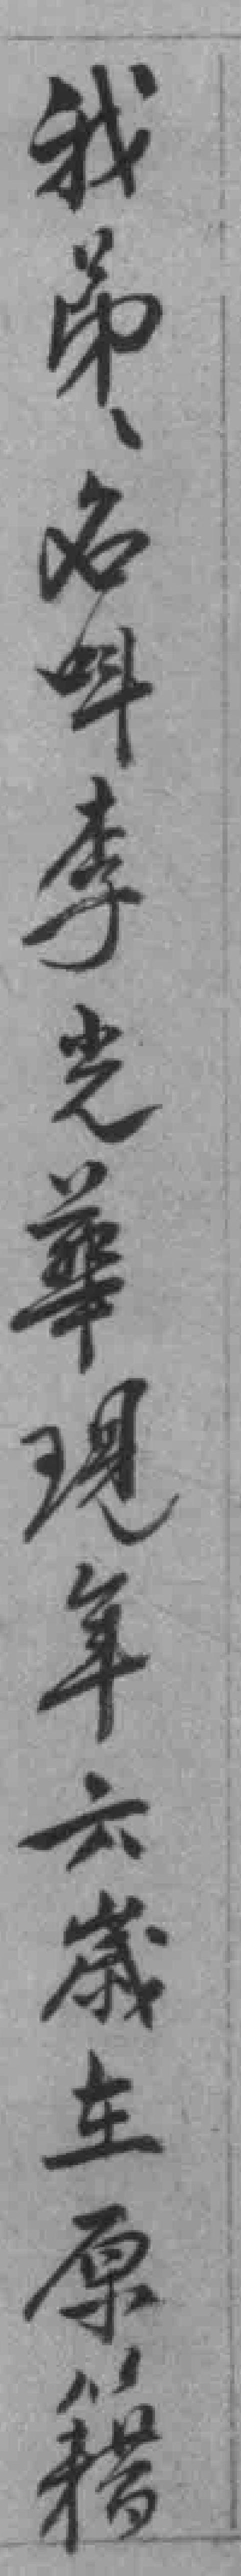
我弟弟名呌李光華現年六歲在原籍